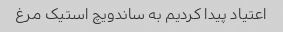
اعتیاد پیدا کردیم به ساندویچ استیک مرغ